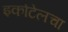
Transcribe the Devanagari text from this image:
इकोटेलचा